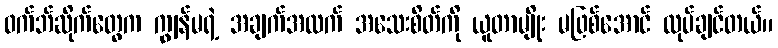
ဝက်ဘ်ဆိုက်တွေက ကျွန်မရဲ့ အချက်အလက် အသေးစိတ်ကို ယူတာမျိုး မဖြစ်အောင် လုပ်ချင်တယ်။